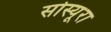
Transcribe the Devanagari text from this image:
सोस्यूरा